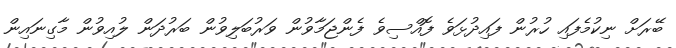
ބޭރަށް ނިކުމެފައި ހުރުން ފައިދުޅަވެ ފޮއްސިވެ ފެންޖަމާވުން ވަރުބަލިވުން ބަރުދަން ލުއިވުން މާގިނައިން